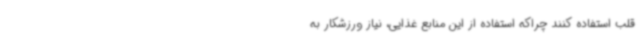
قلب استفاده کنند چراکه استفاده از این منابع غذایی، نیاز ورزشکار به